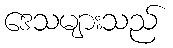
ဒေသများသည်